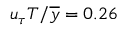
u _ { \tau } T / \overline { y } = 0 . 2 6